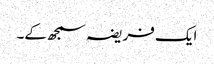
ایک فریضہ سمجھ کے۔